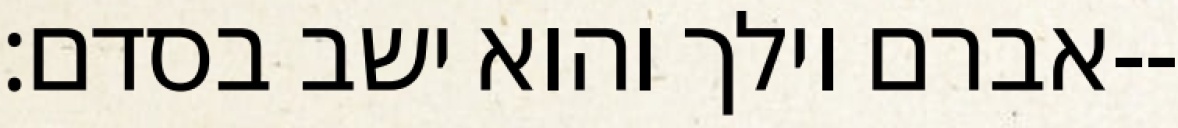
אברם וילך והוא ישב בסדם׃--